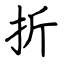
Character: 折